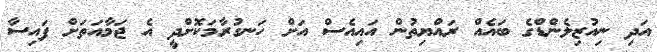
އަދި ނިއުޒިލެންޑްގެ ބައެއް ރައްޔިތުން އައިއެސް އަށް ހަނގުރާމަކޮށްދީ އެ ޖަމާއަތަށް ފައިސާ